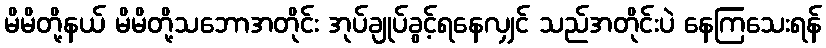
မိမိတို့နယ် မိမိတို့သဘောအတိုင်း အုပ်ချုပ်ခွင့်ရနေလျှင် သည်အတိုင်းပဲ နေကြသေးရန်